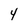
Character: 4